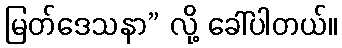
မြတ်ဒေသနာ” လို့ ခေါ်ပါတယ်။